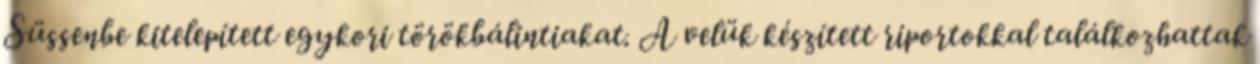
Süssenbe kitelepített egykori törökbálintiakat. A velük készített riportokkal találkozhattak